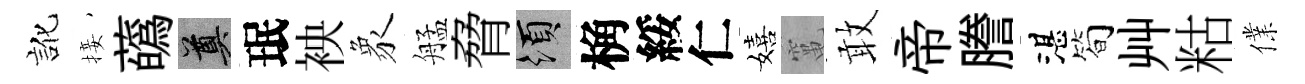
訛接蘤奠珉䘧象艋脅須桷綏仁嬉𥧄敢帝謄湛简艸䊀㒒